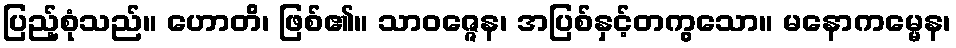
ပြည့်စုံသည်။ ဟောတိ၊ ဖြစ်၏။ သာဝဇ္ဇေန၊ အပြစ်နှင့်တကွသော။ မနောကမ္မေန၊